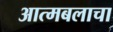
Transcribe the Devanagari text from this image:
आत्मबलाचा